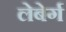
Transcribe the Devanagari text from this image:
लेबेर्ग